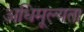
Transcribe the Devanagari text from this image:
अधिमूल्यता